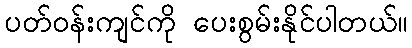
ပတ်ဝန်းကျင်ကို ပေးစွမ်းနိုင်ပါတယ်။